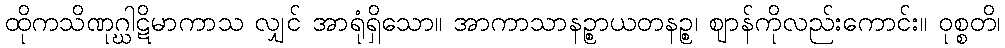
ထိုကသိဏုဂ္ဃါဋိမာကာသ လျှင် အာရုံရှိသော။ အာကာသာနဉ္စာယတနဉ္စ၊ ဈာန်ကိုလည်းကောင်း။ ဝုစ္စတိ၊